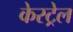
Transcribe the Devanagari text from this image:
केस्ट्रेल